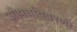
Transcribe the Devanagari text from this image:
औषधविवरणी